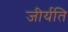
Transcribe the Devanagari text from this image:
जीर्यति